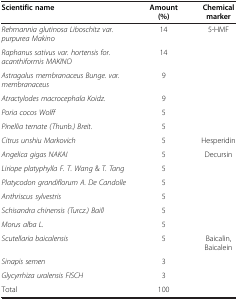
| Scientific name | Amount (%) | Chemical marker |
 | --- | --- | --- |
 | Rehmannia glutinosa Liboschitz var. purpurea Makino | 14 | 5-HMF |
 | Raphanus sativus var. hortensis for. acanthiformis MAKINO | 14 |  |
 | Astragalus membranaceus Bunge. var. membranaceus | 9 |  |
 | Atractylodes macrocephala Koidz. | 9 |  |
 | Poria cocos Wolff | 5 |  |
 | Pinellia ternate (Thunb.) Breit. | 5 |  |
 | Citrus unshiu Markovich | 5 | Hesperidin |
 | Angelica gigas NAKAI | 5 | Decursin |
 | Liriope platyphylla F. T. Wang &T. Tang | 5 |  |
 | Platycodon grandiflorum A. De Candolle | 5 |  |
 | Anthriscus sylvestris | 5 |  |
 | Schisandra chinensis (Turcz.) Baill | 5 |  |
 | Morus alba L. | 5 |  |
 | Scutellaria baicalensis | 5 | Baicalin, Baicalein |
 | Sinapis semen | 3 |  |
 | Glycyrrhiza uralensis FISCH | 3 |  |
 | Total | 100 |  |